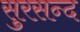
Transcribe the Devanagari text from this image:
सुरसन्द